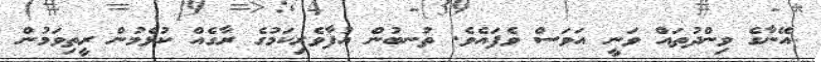
އޭނާގެ ވިންދުތައް ވަނީ އަވަސް ވެފައެވެ. ތުނބުން އުފާވެރިކަމުގެ ރާގެއް ކުޅެމުން ރީތިވަމުން